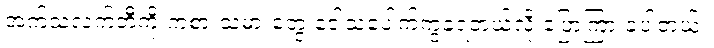
အက်သလက်တီကို ကစားသမားတွေ ဒေါသပေါက်ကွဲခဲ့ရတယ်လို့ ပြောကြားခဲ့ပါတယ်။